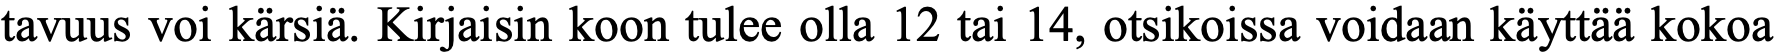
tavuus voi kärsiä. Kirjaisin koon tulee olla 12 tai 14, otsikoissa voidaan käyttää kokoa